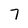
Character: 7